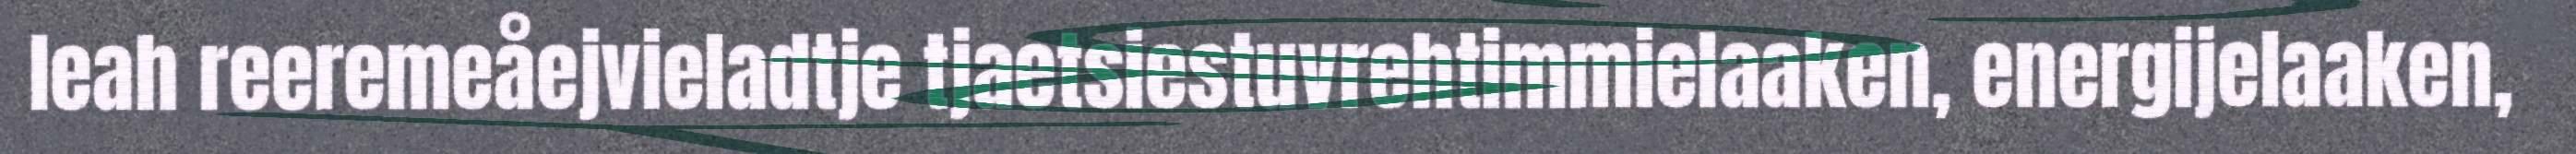
leah reeremeåejvieladtje tjaetsiestuvrehtimmielaaken, energijelaaken,